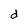
Character: d